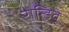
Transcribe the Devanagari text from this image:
रान्डिवू